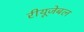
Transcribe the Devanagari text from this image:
रीयूजेबल